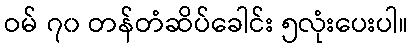
ဝမ် ၇၀ တန်တံဆိပ်ခေါင်း ၅လုံးပေးပါ။